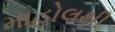
માહોલથી